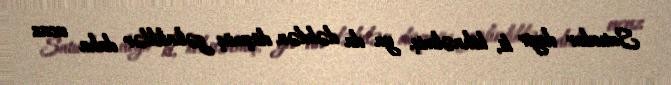
Satıcılar deyir ki, köhnəlmiş, ya da dəbdən düşmüş gəlinliklər daha ucuz